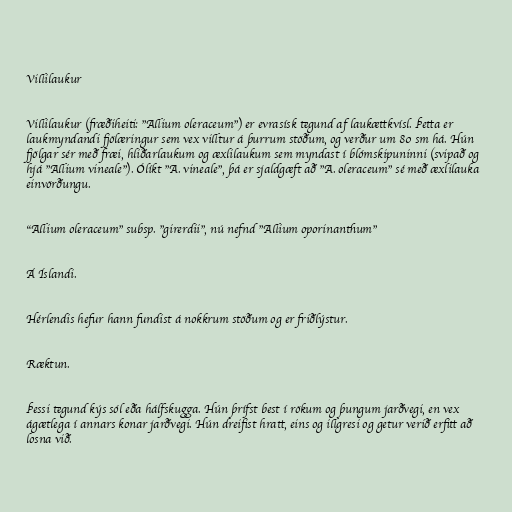
Villilaukur

Villilaukur (fræðiheiti: "Allium oleraceum") er evrasísk tegund af laukættkvísl. Þetta er
laukmyndandi fjölæringur sem vex villtur á þurrum stöðum, og verður um 80 sm há. Hún
fjölgar sér með fræi, hliðarlaukum og æxlilaukum sem myndast í blómskipuninni (svipað og
hjá "Allium vineale"). Ólíkt "A. vineale", þá er sjaldgæft að "A. oleraceum" sé með æxlilauka
einvörðungu.

"Allium oleraceum" subsp. "girerdii", nú nefnd "Allium oporinanthum"

Á Íslandi.

Hérlendis hefur hann fundist á nokkrum stöðum og er friðlýstur.

Ræktun.

Þessi tegund kýs sól eða hálfskugga. Hún þrífst best í rökum og þungum jarðvegi, en vex
ágætlega í annars konar jarðvegi. Hún dreifist hratt, eins og illgresi og getur verið erfitt að
losna við.